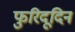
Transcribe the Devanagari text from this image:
फुरिदूदिन